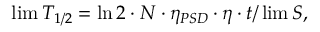
\operatorname* { l i m } T _ { 1 / 2 } = \ln 2 \cdot N \cdot \eta _ { P S D } \cdot \eta \cdot t / \operatorname* { l i m } S ,